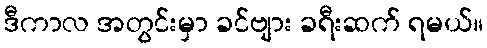
ဒီကာလ အတွင်းမှာ ခင်ဗျား ခရီးဆက် ရမယ်။